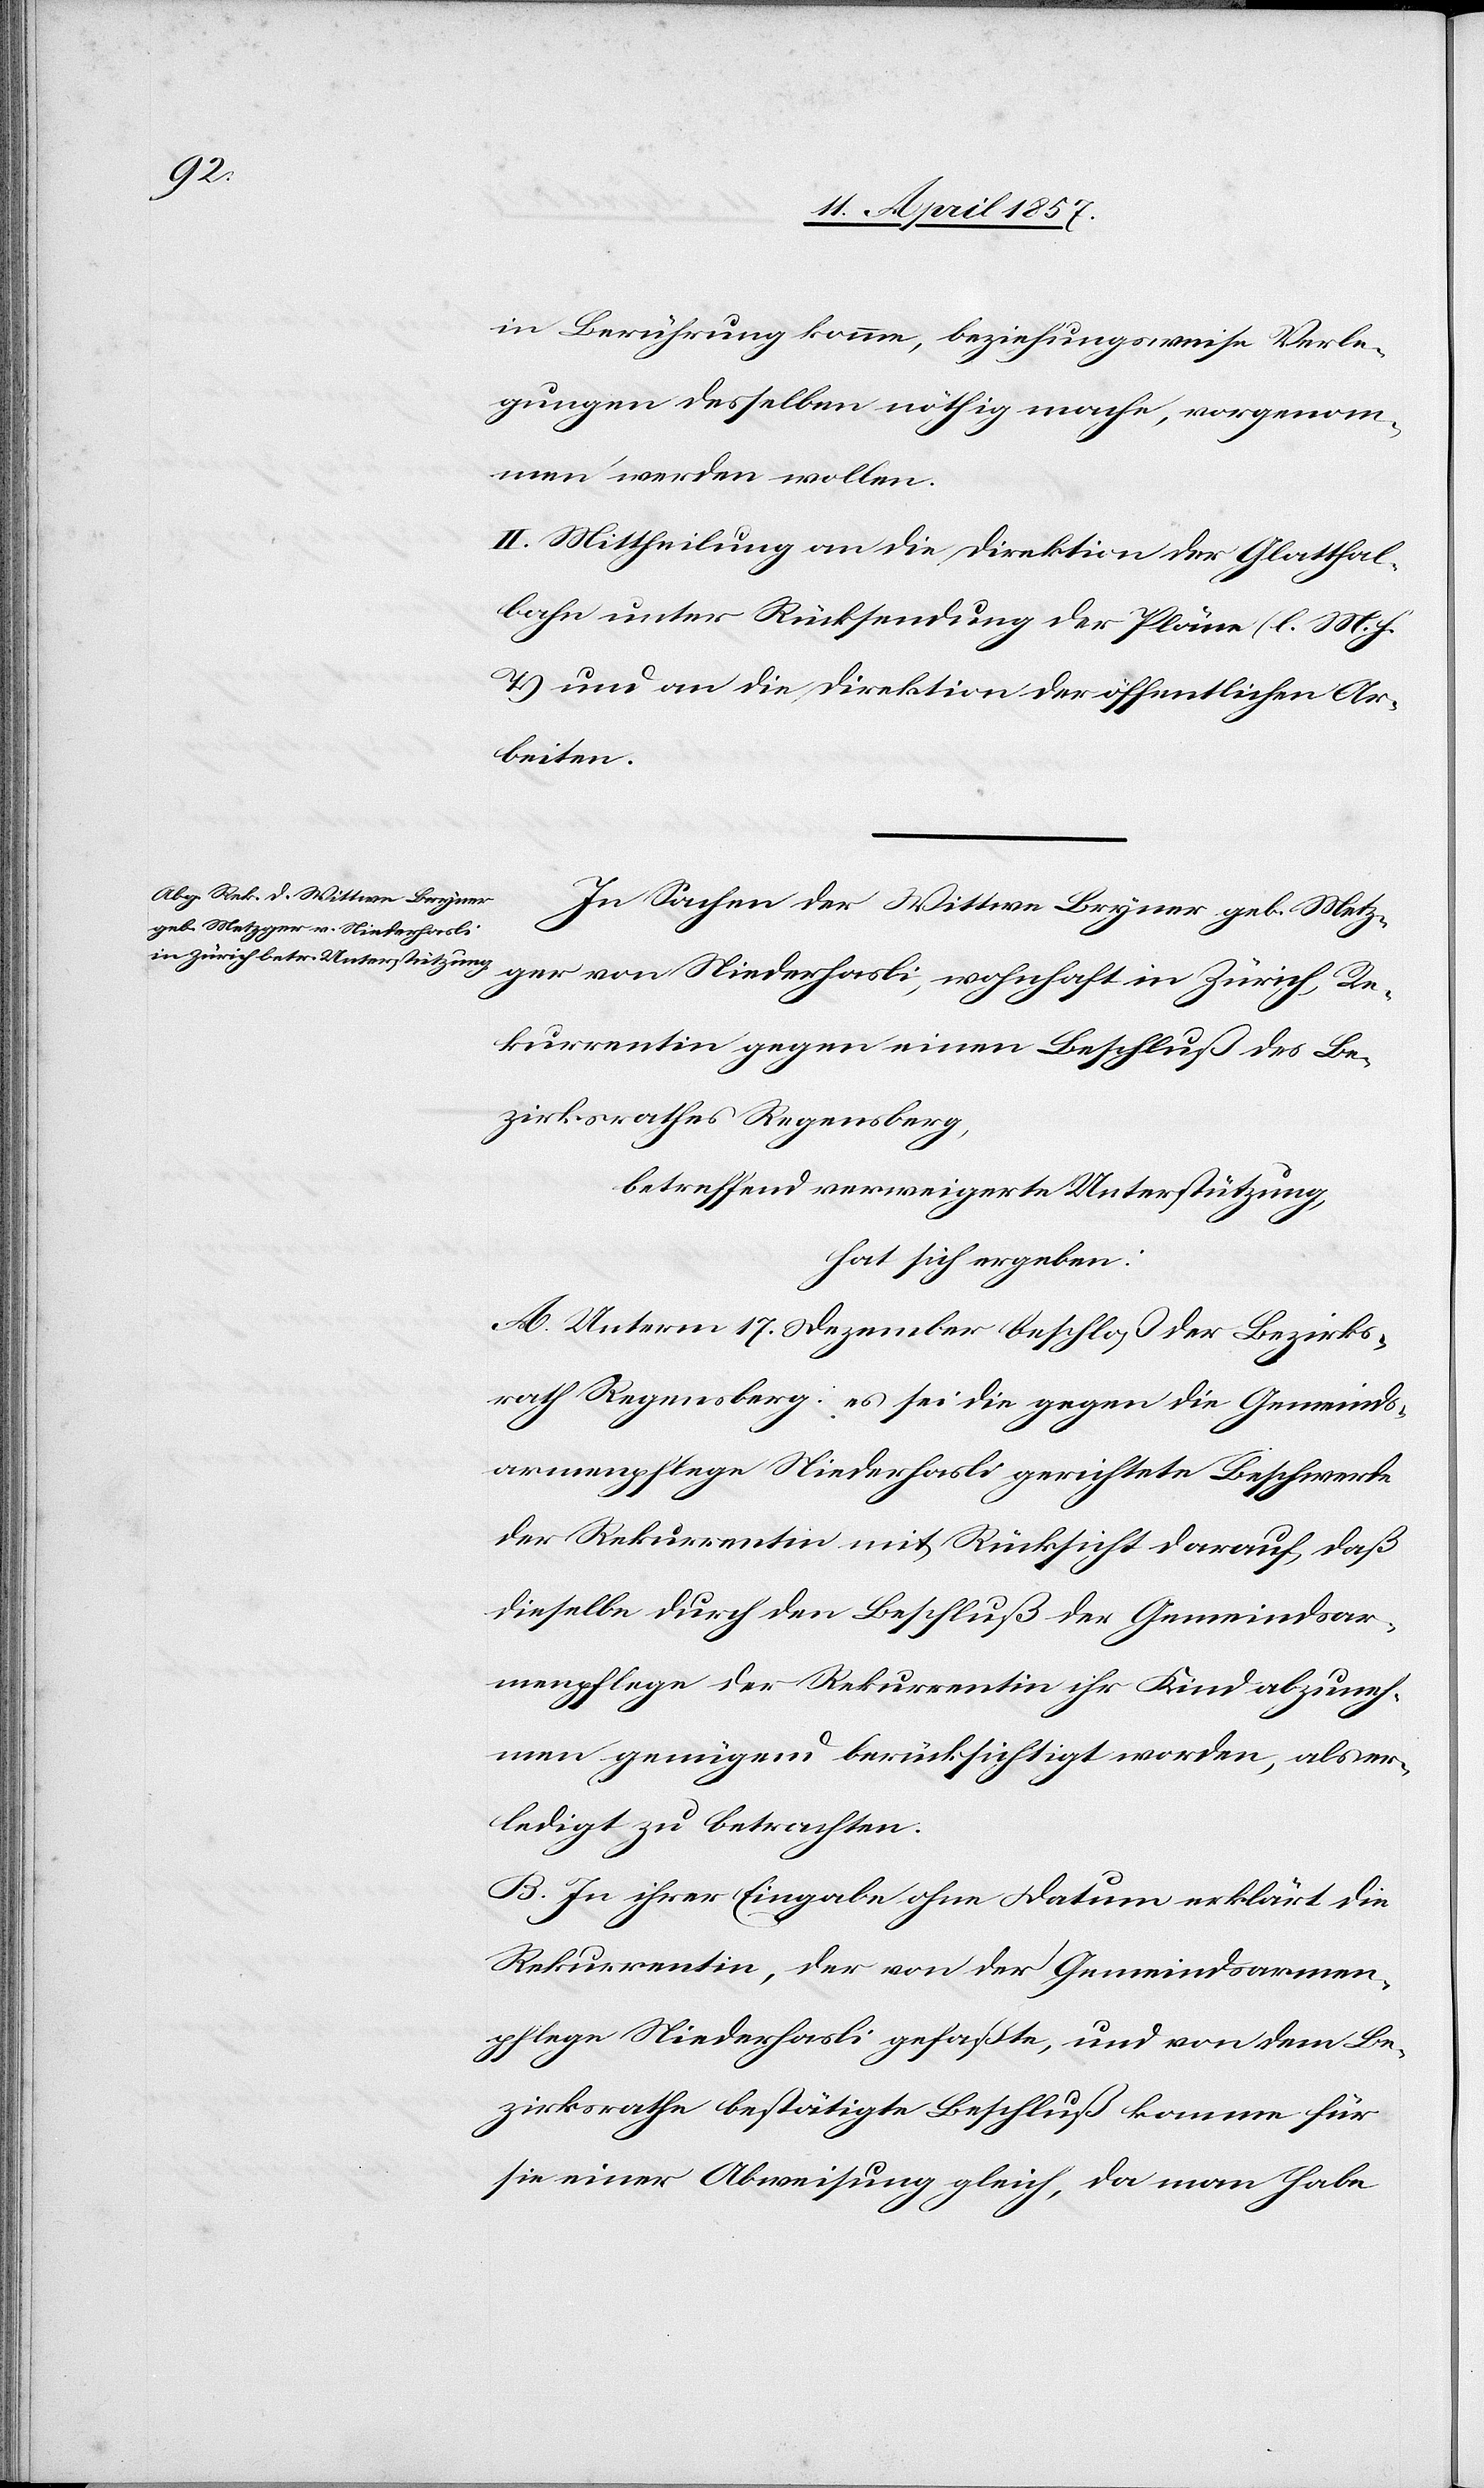
ger
in Berührung komme, beziehungsweise Verle¬
gungen desselben nöthig mache, vorgenom¬
men werden wollen.
II. Mittheilung an die Direktion der Glatthalt¬
bahn unter Rücksendung der Pläne (l. M. h.
T.) und an die Direktion der öffentlichen Ar¬
beiten.
In Sachen der Wittwe Bryner geb. Metz¬
Rekurrentin gegen einen Beschluß des Be¬
zirksrathes Regensberg,
betreffend verweigerte Unterstützung,
hat sich ergeben:
A. Unterm 17. Dezember beschloß der Bezirks¬
rath Regensberg: es sei die gegen die Gemeinds¬
armenpflege Niederhasli gerichtete Beschwerde
der Rekurrentin mit Rücksicht darauf, daß
dieselbe durch den Beschluß der Gemeindsar¬
menpflege der Rekurrentin ihr Kind abzuneh¬
men genügend berücksichtigt worden, als er¬
ledigt zu betrachten.
B. In ihrer Eingabe ohne Datum erklärt die
Rekurrentin, der von der Gemeindsarmen¬
pflege Niederhasli gefaßte, und von dem Be¬
zirksrathe bestätigte Beschluß komme für
sie einer Abweisung gleich, da man habe